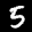
Label: 5